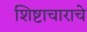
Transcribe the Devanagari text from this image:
शिष्टाचाराचे